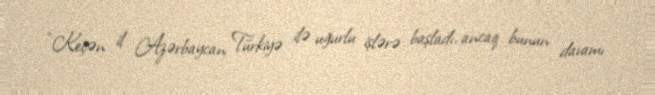
“Keçən il Azərbaycan Türkiyə ilə uğurlu işlərə başladı, ancaq bunun davamı